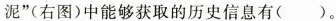
泥”(右图)中能够获取的历史信息有()。